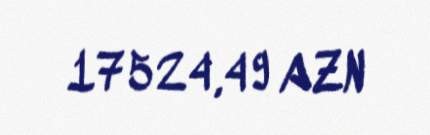
17524,49 AZN